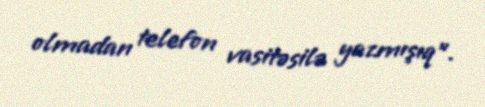
olmadan telefon vasitəsilə yazmışıq".